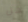
هل